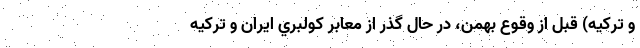
و تركيه) قبل از وقوع بهمن، در حال گذر از معابر كولبري ايران و تركيه